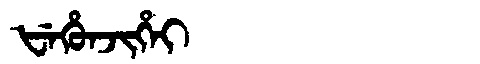
Manchu: ᡶᡝᡥᡠᠨᠵᡳᡥᡝᡳ
Romanization: FEHUNJIHEI